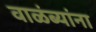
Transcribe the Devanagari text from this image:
वाळंब्यांना